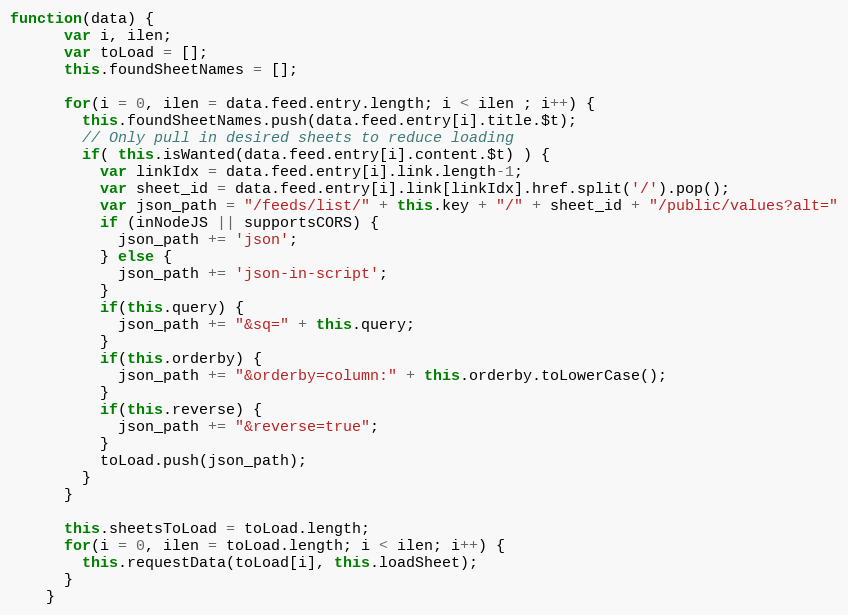
Language: JavaScript
function(data) {
      var i, ilen;
      var toLoad = [];
      this.foundSheetNames = [];

      for(i = 0, ilen = data.feed.entry.length; i < ilen ; i++) {
        this.foundSheetNames.push(data.feed.entry[i].title.$t);
        // Only pull in desired sheets to reduce loading
        if( this.isWanted(data.feed.entry[i].content.$t) ) {
          var linkIdx = data.feed.entry[i].link.length-1;
          var sheet_id = data.feed.entry[i].link[linkIdx].href.split('/').pop();
          var json_path = "/feeds/list/" + this.key + "/" + sheet_id + "/public/values?alt="
          if (inNodeJS || supportsCORS) {
            json_path += 'json';
          } else {
            json_path += 'json-in-script';
          }
          if(this.query) {
            json_path += "&sq=" + this.query;
          }
          if(this.orderby) {
            json_path += "&orderby=column:" + this.orderby.toLowerCase();
          }
          if(this.reverse) {
            json_path += "&reverse=true";
          }
          toLoad.push(json_path);
        }
      }

      this.sheetsToLoad = toLoad.length;
      for(i = 0, ilen = toLoad.length; i < ilen; i++) {
        this.requestData(toLoad[i], this.loadSheet);
      }
    }